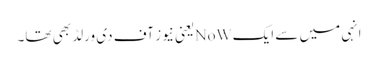
انہی میں سے ایکNoWیعنی نیوز آف دی ورلڈ بھی تھا۔